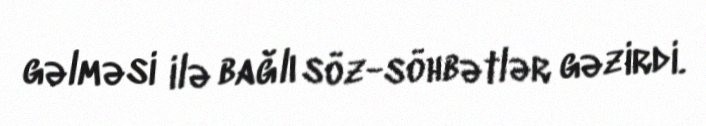
gəlməsi ilə bağlı söz-söhbətlər gəzirdi.